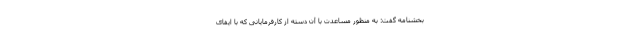
بخشنامه گفت: به منظور مساعدت با آن دسته از کارفرمایانی که با ایفای